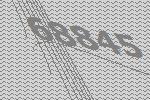
68845